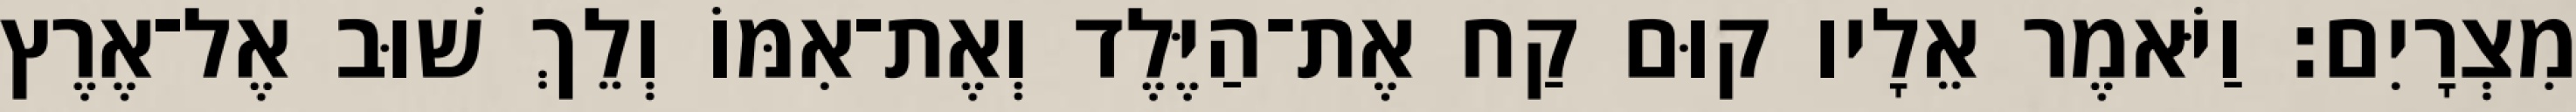
מִצְרָיִם׃ וַיֹּאמֶר אֵלָיו קוּם קַח אֶת־הַיֶּלֶד וְאֶת־אִמּוֹ וְלֵךְ שׁוּב אֶל־אֶרֶץ